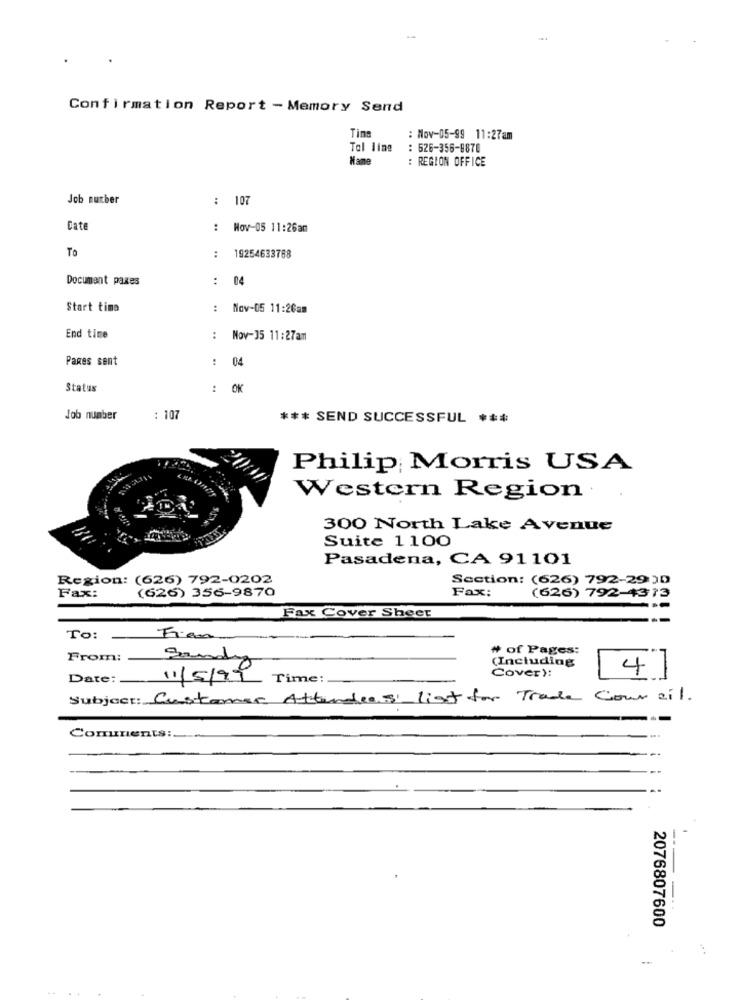
Confirmation Report - Memory Send
Tins
: Nov-05-99 11:27am
Tal line
: 626-356-8870
Mane
: REGION OFFICE
Job suther
: 107
Cat
..
Nov-05 11:26am
To
:
19254633788
Document paxes
:
04
Start time
Nov-05 11:26am
End time
:
Nov-35 11:27am
Pares sent
: 04
Status
: OK
..
Job number
: 107
*** SEND SUCCESSFUL ***
Philip Morris USA
Western Region
300 North Lake Avenue
Suite 1100
Pasadena, CA 91101
Region: (626) 792-0202
Section: (626) 792-2930
Fax:
(626) 356-9870
Fax:
(626) 792-4373
Fax Cover Sheet
---
To :-
# of Pages:
From: Serdy
(Including
Cover):
Date:
11/5/97
Time:
4/
Subject: Customer Attendees list for Trade Cour zil.
Comments:
2076807600